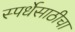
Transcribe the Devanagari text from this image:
स्पर्धेसाठीचा